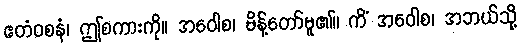
ဧတံဝစနံ၊ ဤစကားကို။ အဝေါစ၊ မိန့်တော်မူ၏။ ကိံ အဝေါစ၊ အဘယ်သို့